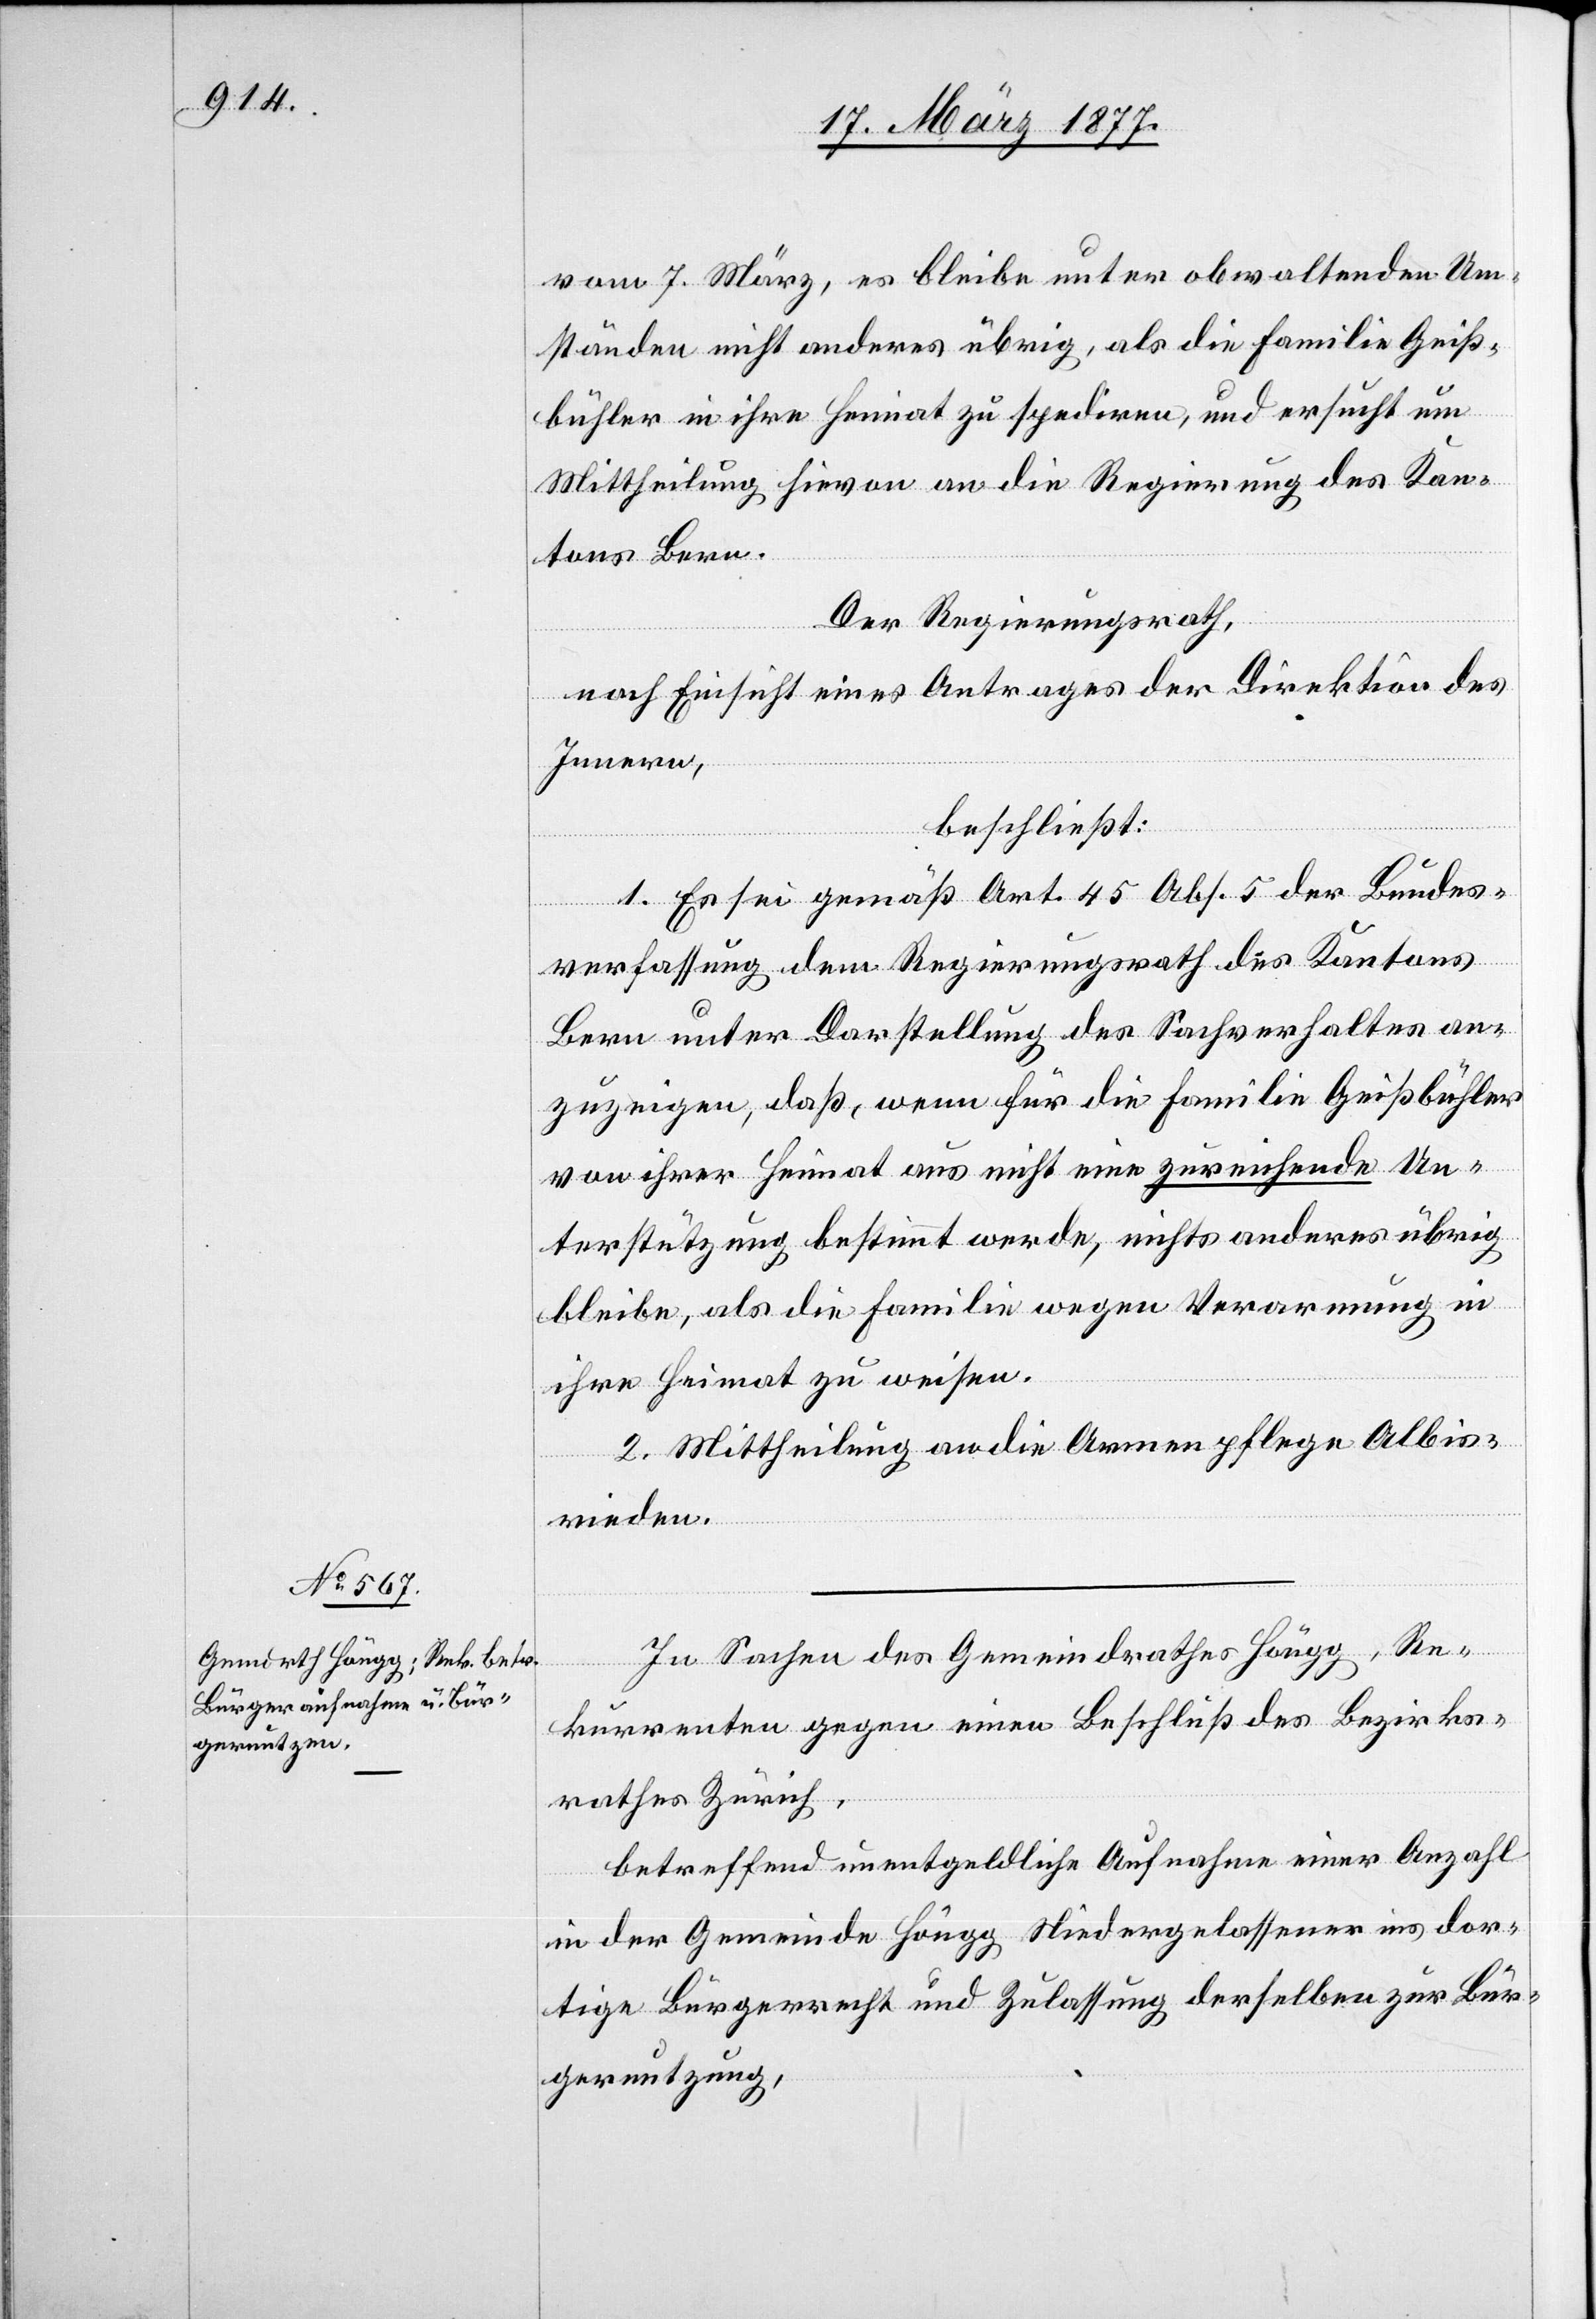
vom 7. März, es bleibe unter obwaltenden Um¬
ständen nicht[s] anderes übrig, als die Familie Geiß¬
bühler in ihre Heimat zu spediren, und ersucht um
Mittheilung hievon an die Regierung des Kan¬
tons Bern.
Der Regierungsrath,
nach Einsicht eines Antrages der Direktion des
Innern,
beschließt:
1. Es sei gemäß Art. 45 Abs. 5 der Bundes¬
verfassung dem Regierungsrath des Kantons
Bern unter Darstellung des Sachverhaltes an¬
zuzeigen, daß, wenn für die Familie Geißbühler
von ihrer Heimat aus nicht eine zureichende Un¬
terstützung bestimmt werde, nichts anderes übrig
bleibe, als die Familie wegen Verarmung in
ihre Heimat zu weisen.
2. Mittheilung an die Armenpflege Albisr¬
ieden.